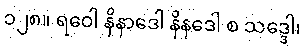
၁၂၈။ ရဝေါ နိနာဒေါ နိနဒေါ စ သဒ္ဒေါ၊